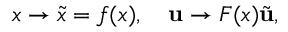
x \to \tilde { x } = f ( x ) , \quad { \bf u } \to F ( x ) \tilde { \bf u } ,